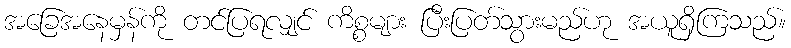
အခြေအနေမှန်ကို တင်ပြရလျှင် ကိစ္စများ ပြီးပြတ်သွားမည်ဟု အယူရှိကြသည်။